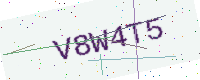
Text: V8W4T5